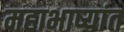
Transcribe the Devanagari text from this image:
महाभाष्यांत